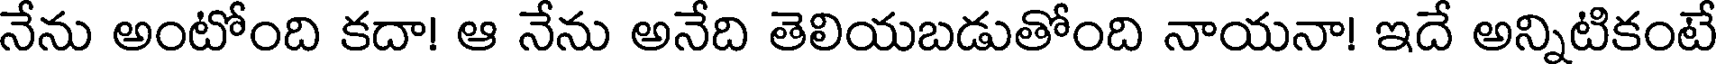
నేను అంటోంది కదా! ఆ నేను అనేది తెలియబడుతోంది నాయనా! ఇదే అన్నిటికంటే